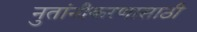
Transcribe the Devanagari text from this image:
नुतांनीकरणासाठी